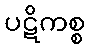
ပဋိကစ္စ